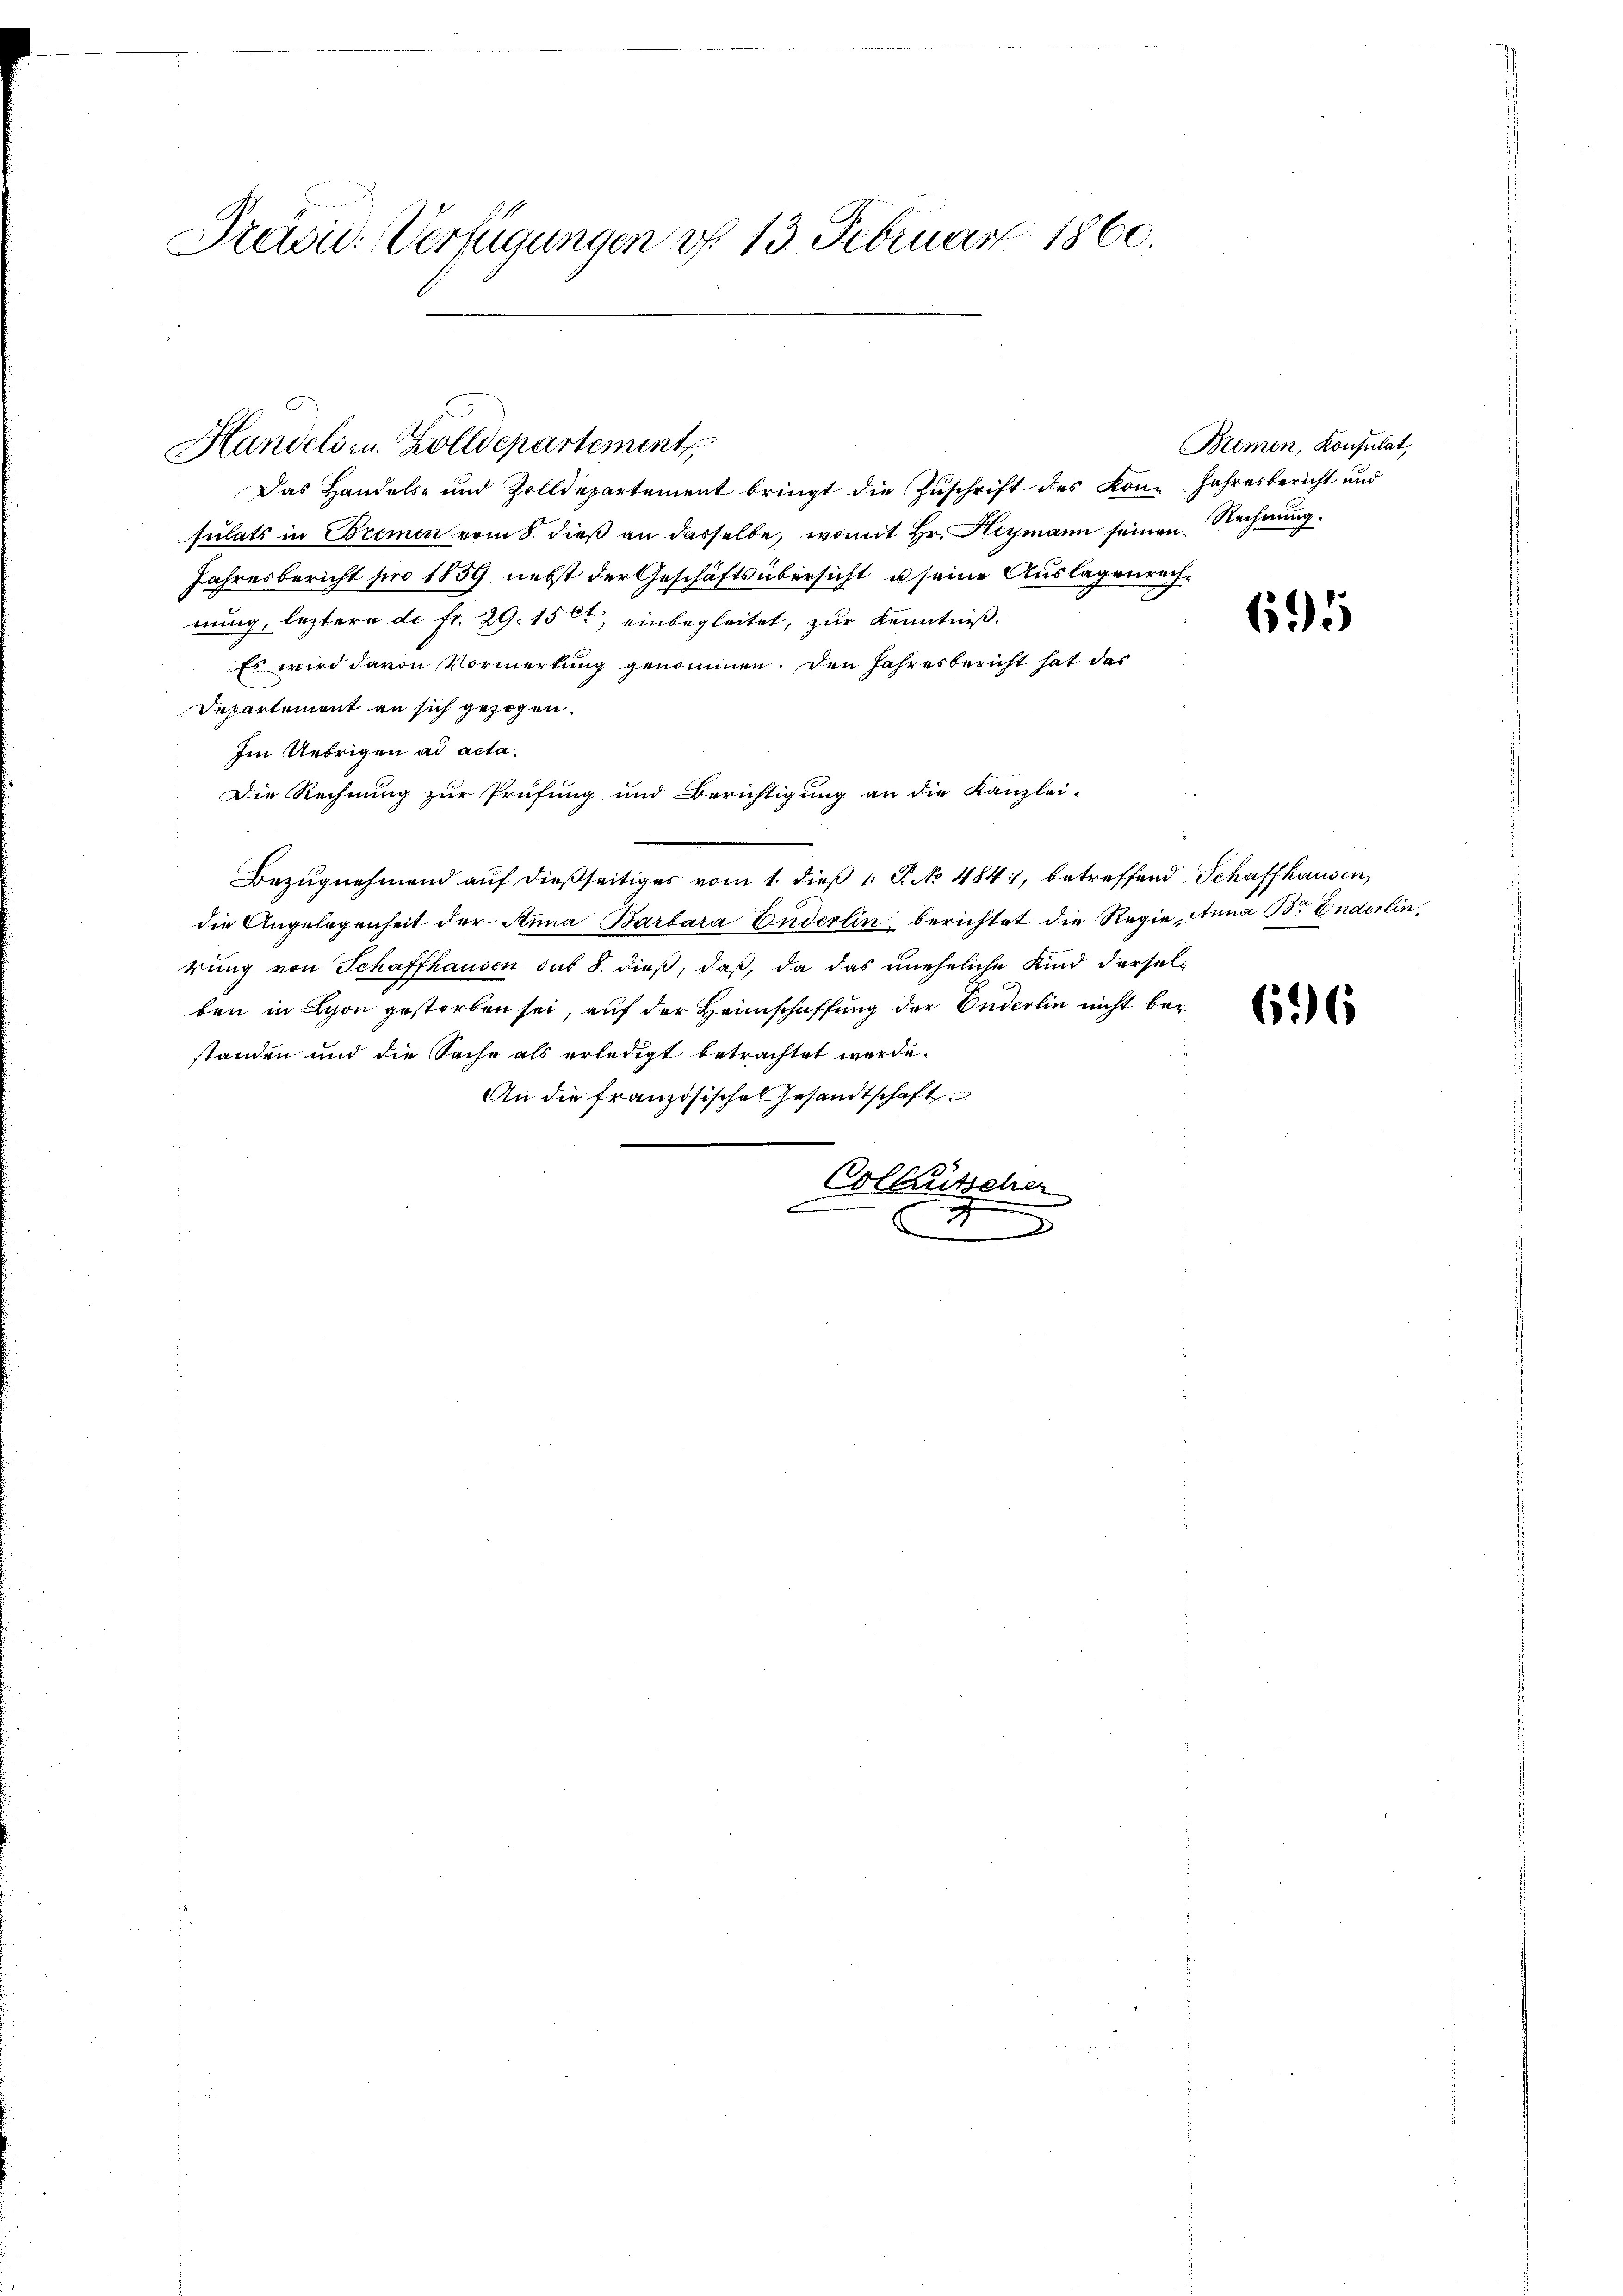
Präju-Verfügungen d. 13. Februar 1860.

Handels in Zolldepartement,

Das Handels- und Zolldepartement bringt die Zuschrift des Kon-Jahresbericht und
sulats in Bremen vom 8. dieß an dasselbe, womit Hr. Heymann seinen Rechnung
Jahresbericht pro 1859 nebst der Geschäftsübersicht u seine Auslagenrechnung, letztere de fr. 29. 151, einbegleitet, zur Kenntniß.
Es wird davon Vormerkung genommen. Den Jahresbericht hat das
Departement an sich gezogen.
Im Uebrigen ad acta.
Die Rechnung zur Prüfung und Berichtigung an die Kanzlei-
Bezugnehmend auf dießseitiges vom 1. dieß 1 S. No 484, betreffend Schaffhausen,
die Angelegenheit der Anna Barbara Enderlin, berichtet die Regie Anna B. Enderlin
rung von Schaffhausen sub 8. dieß, daß, da das uneheliche Kind derselben in Lyon gestorben sei, auf der Heimschaffung der Enderlin nicht bestanden und die Sache als erledigt betrachtet werde.
An die französisches Gesandtschaft
Collentscher
u
.
n
D

Bremen, Konsulat,

695

696